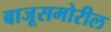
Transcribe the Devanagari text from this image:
बाजूसमोरील